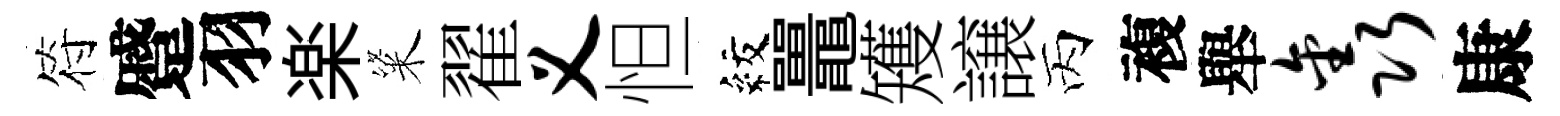
符蹙羽楽粢翟义怛紋鼉矱譲丙複舉鑫康